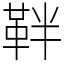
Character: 靽